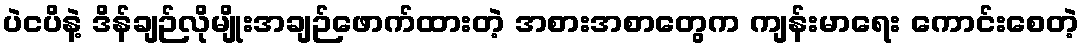
ပဲငပိနဲ့ ဒိန်ချဉ်လိုမျိုးအချဉ်ဖောက်ထားတဲ့ အစားအစာတွေက ကျန်းမာရေး ကောင်းစေတဲ့